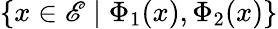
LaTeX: \{ x\in\mathscr{E}\mid\Phi_{1}(x),\Phi_{2}(x)\}